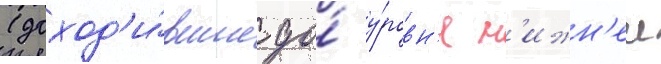
(доход'и́вшие до́ у́ровн'я н'ижн'еи